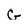
Character: G